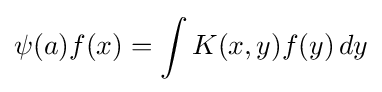
\psi (a)f(x)=\int K(x,y)f(y)\,dy